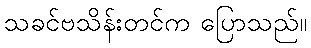
သခင်ဗသိန်းတင်က ပြောသည်။